Calcutta medical institutions reports 1892-1900
Year: 1892
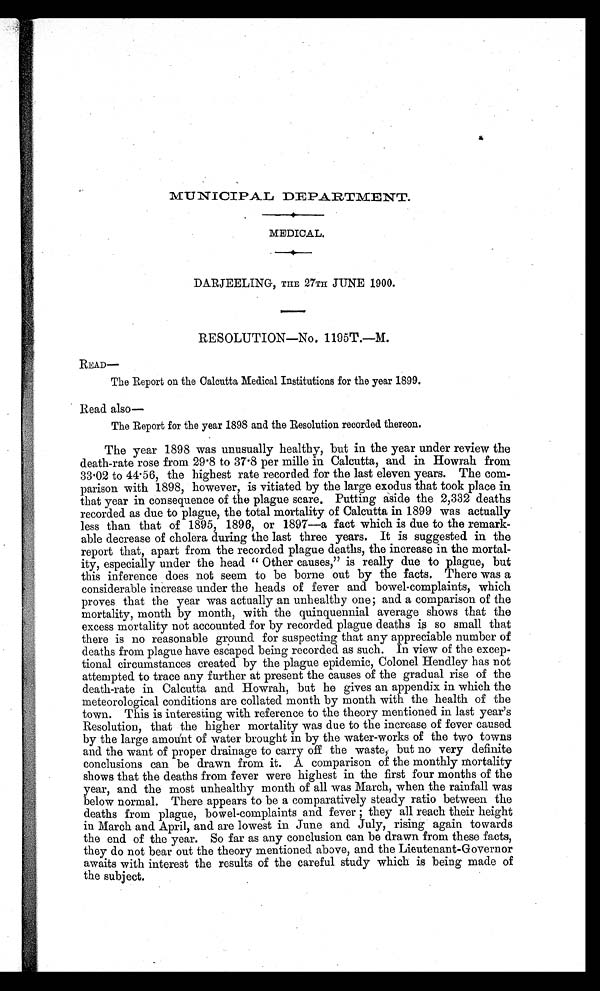
MUNICIPAL DEPARTMENT.
MEDICAL.
DARJEELING, THE 27TH JUNE 1900.
RESOLUTION—No. 1195T.—M.
READ—
The Report on the Calcutta Medical Institutions for the year 1899.
Read also —
The Report for the year 1898 and the Resolution recorded thereon.
The year 1898 was unusually healthy, but in the year under review the
death-rate rose from 29.8 to 37.8 per mille in Calcutta, and in Howrah from
33.02 to 44.56, the highest rate recorded for the last eleven years. The com
-parison with 1898, however, is vitiated by the large exodus that took place in
that year in consequence of the plague scare. Putting aside the 2,332 deaths
recorded as due to plague, the total mortality of Calcutta in 1899 was actually
less than that of 1895, 1896, or 1897—a fact which is due to the remark
-able decrease of cholera during the last three years. It is suggested in the
report that, apart from the recorded plague deaths, the increase in the mortal
-ity, especially under the head "Other causes," is really due to plague, but
this inference does not seem to be borne out by the facts. There was a
considerable increase under the heads of fever and bowel-complaints, which
proves that the year was actually an unhealthy one; and a comparison of the
mortality, month by month, with the quinquennial average shows that the
excess mortality not accounted for by recorded plague deaths is so small that
there is no reasonable ground for suspecting that any appreciable number of
deaths from plague have escaped being recorded as such. In view of the excep
-tional circumstances created by the plague epidemic, Colonel Hendley has not
attempted to trace any further at present the causes of the gradual rise of the
death-rate in Calcutta and Howrah, but he gives an appendix in which the
meteorological conditions are collated month by month with the health of the
town. This is interesting with reference to the theory mentioned in last year's
Resolution, that the higher mortality was due to the increase of fever caused
by the large amount of water brought in by the water-works of the two towns
and the want of proper drainage to carry off the waste, but no very definite
conclusions can be drawn from it. A comparison of the monthly mortality
shows that the deaths from fever were highest in the first four months of the
year, and the most unhealthy month of all was March, when the rainfall was
below normal. There appears to be a comparatively steady ratio between the
deaths from plague, bowel-complaints and fever they all reach their height
in March and April, and are lowest in June and July, rising again towards
the end of the year. So far as any conclusion can be drawn from these facts,
they do not bear out the theory mentioned above, and the Lieutenant-Governor
awaits with interest the results of the careful study which is being made of
the subject.